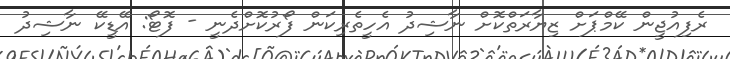
ރެފިއުޖީން ކޭމްޕަށް ޒިޔާރަތްކޮށް ނާޝިދު އެހީތެރިކަން ފޯރުކޮށްދެނީ - ފޮޓޯ: އޭޑީކޭ ނާޝިދު